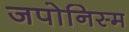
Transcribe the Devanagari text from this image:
जपोनिस्म